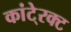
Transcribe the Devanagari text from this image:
कांटे्रक्ट